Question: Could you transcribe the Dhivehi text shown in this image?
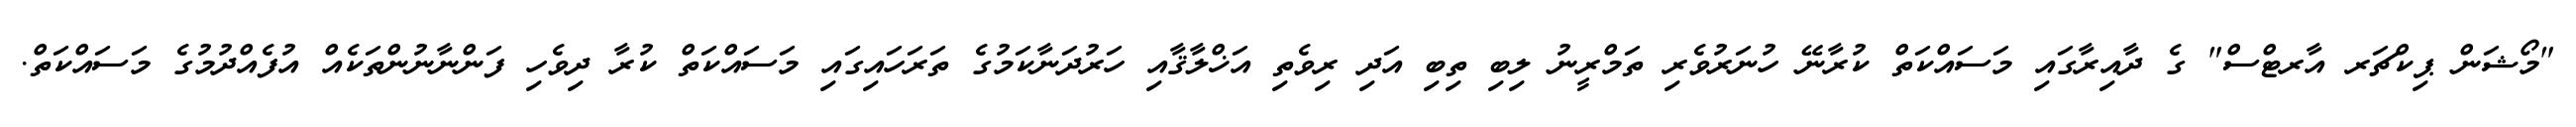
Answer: "މޯޝަން ޕިކްޗަރ އާރޓްސް" ގެ ދާއިރާގައި މަސައްކަތް ކުރާނޭ ހުނަރުވެރި ތަމްރީނު ލިބި ތިބި އަދި ރިވެތި އަޚްލާޤާއި ހަރުދަނާކަމުގެ ތަރަހައިގައި މަސައްކަތް ކުރާ ދިވެހި ފަންނާނުންތަކެއް އުފެއްދުމުގެ މަސައްކަތް.